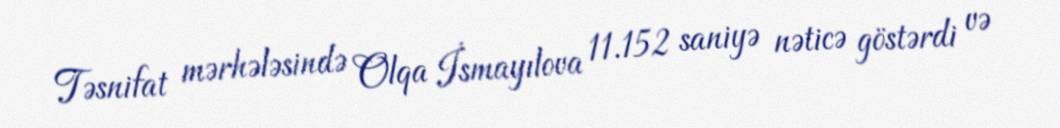
Təsnifat mərhələsində Olqa İsmayılova 11.152 saniyə nəticə göstərdi və